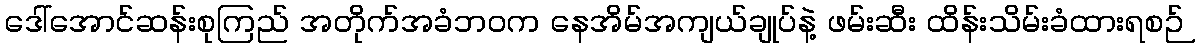
ဒေါ်အောင်ဆန်းစုကြည် အတိုက်အခံဘဝက နေအိမ်အကျယ်ချုပ်နဲ့ ဖမ်းဆီး ထိန်းသိမ်းခံထားရစဉ်